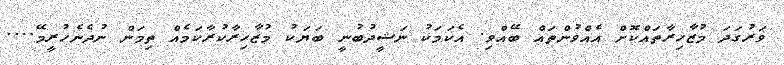
ވަރުގަދަ މުޒާހިރާތައްކޮށް އެއްވުންތައް ބޭއްވި. އެކަމަކު ނަޝީދުބުނީ ބަޔަކު މުޒާހިރާކުރާކަމެއް ތިމަން ނުދެނެހުރީމޭ....